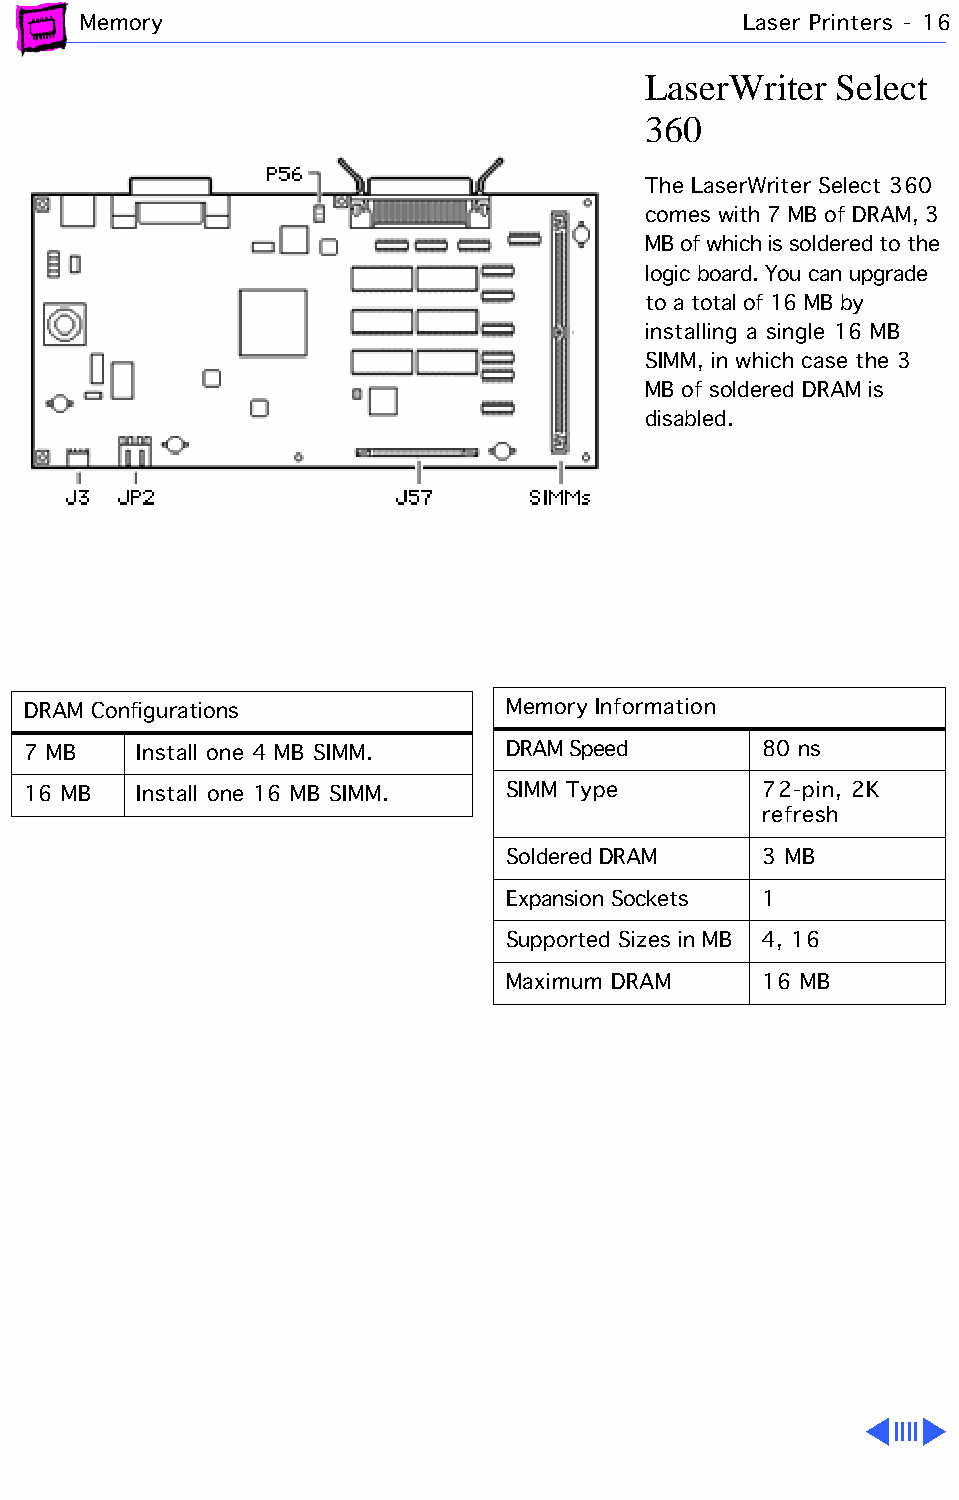
Memory                                      Laser Printers - 16
 LaserWriter  Select
 360
 The LaserWriter Select 360
 comes with 7 MB of DRAM, 3
 MB of which is soldered to the
 logic board. You can upgrade
 to a total of 16 MB by
 installing a single 16 MB
 SIMM, in which case the 3
 MB of soldered DRAM is
 disabled.
 DRAM Configurations             Memory Information
 7 MB    Install one 4 MB SIMM.  DRAM Speed       80 ns
 16 MB   Install one 16 MB SIMM. SIMM Type        72-pin, 2K
 refresh
 Soldered DRAM    3 MB
 Expansion Sockets 1
 Supported Sizes in MB 4, 16
 Maximum DRAM     16 MB